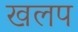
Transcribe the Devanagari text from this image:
खलप